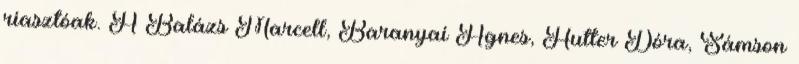
riasztóak. A Balázs Marcell, Baranyai Ágnes, Hutter Dóra, Sámson